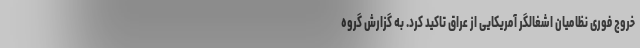
خروج فوری نظامیان اشغالگر آمریکایی از عراق تاکید کرد. به گزارش گروه